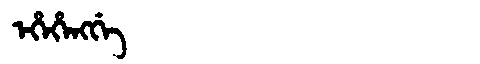
Manchu: ᡝᡥᡝᡥᡝᠩᡤᡝ
Romanization: EHEHENGGE